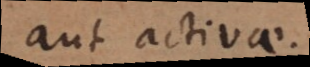
aut activae.